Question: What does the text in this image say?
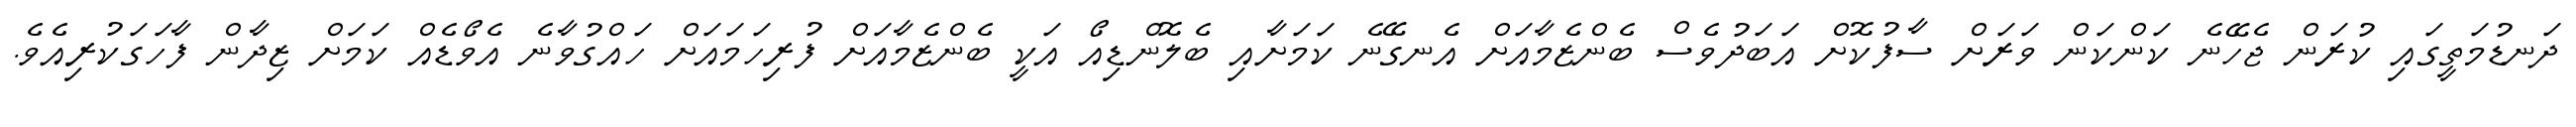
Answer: ދަނޑުމަތީގައި ކުރަން ޖެހޭނެ ކަންކަން ވަރަށް ސާފުކޮށް އަބަދުވެސް ބެންޒެމާއަށް އެނގޭނެ ކަމަށާއި ބެލޮންޑިއޯ އަކީ ބެންޒެމާއަށް ފުރިހަމައަށް ހައްގުވާނެ އެވޯޑެއް ކަމަށް ޒިދާން ފާހަގަކުރިއެވެ.